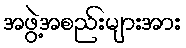
အဖွဲ့အစည်းများအား